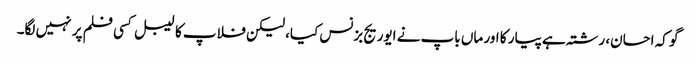
گو کہ احسان، رشتہ ہے پیار کا اور ماں باپ نے ایوریج بزنس کیا، لیکن فلاپ کا لیبل کسی فلم پر نہیں لگا۔